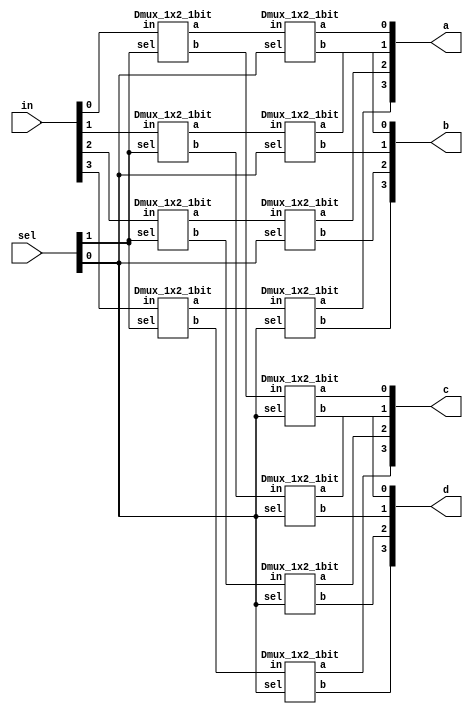
`timescale 1ns/1ps

module Dmux_1x4_4bit(in, a, b, c, d, sel);
input [3:0] in;
input [1:0] sel;
output [3:0] a, b, c, d;

//Dmux_1x4_1bit dmux0[3:0](in, a, b, c, d, sel);

wire [3:0] tmp_dmux0, tmp_dmux1;

Dmux_1x2_1bit dmux0[3:0](.in(in), .a(tmp_dmux0), .b(tmp_dmux1), .sel(sel[1])) ;
Dmux_1x2_1bit dmux1[3:0](.in(tmp_dmux0), .a(a), .b(b), .sel(sel[0])) ;
Dmux_1x2_1bit dmux2[3:0](.in(tmp_dmux1), .a(c), .b(d), .sel(sel[0])) ;

endmodule

module Dmux_1x2_1bit(in, a, b, sel);
input in;
input sel;
output a,b;

wire sel_neg;

not not0(sel_neg, sel);

and and0(a, sel_neg, in);
and and1(b, sel, in);

endmodule
/*
module Dmux_1x4_1bit(in, a, b, c, d, sel);
input in;
input [1:0]sel;
output a,b,c,d;

wire [1:0] sel_neg;

not not0(sel_neg[0], sel[0]);
not not1(sel_neg[1], sel[1]);

and and0(a, sel_neg[1], sel_neg[0], in);
and and1(b, sel_neg[1], sel[0], in);
and and2(c, sel[1], sel_neg[0], in);
and and3(d, sel[1], sel[0], in);

endmodule*/